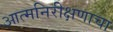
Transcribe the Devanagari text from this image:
आत्मनिरीक्षणाचा